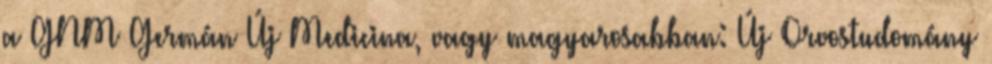
a GNM Germán Új Medicina, vagy magyarosabban: Új Orvostudomány